Civil Veterinary Dept. North-West Frontier Province 1901-22 - 1901-1922
Year: 1901
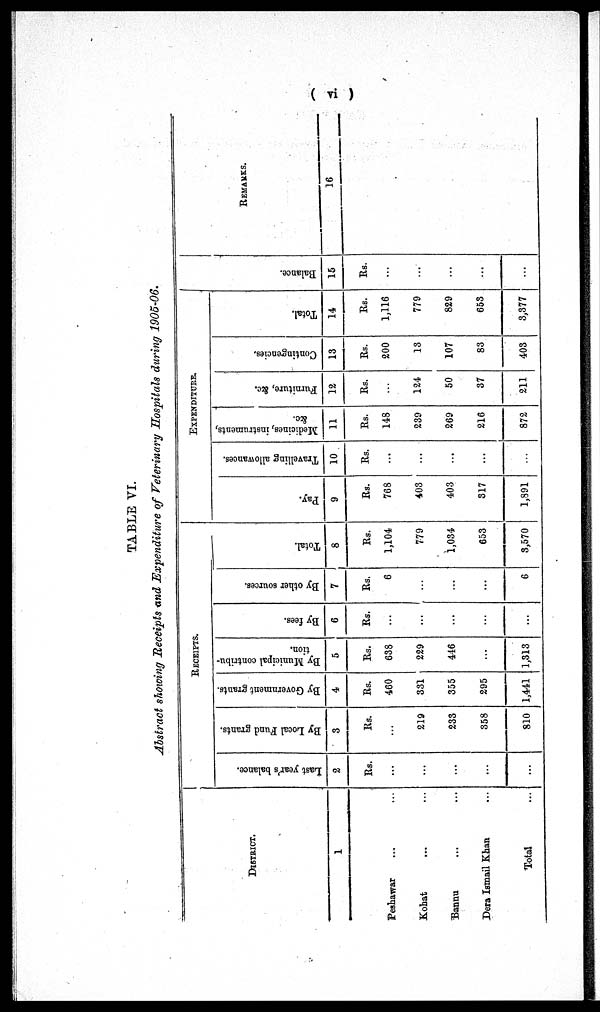
( vi )
TABLE VI.
Abstract showing Receipts and Expenditure of Veterinary Hospitals during 1905-06.
DISTRICT.
1
Peshawar ... ...
Kohat ... ... ...
Bannu ... ... ...
Dera Ismail Khan ...
Total ...
RECEIPTS.
Last year's balance.
2
Rs.
...
...
...
...
...
By Local Fund grants.
3
Rs.
...
219
233
358
810
By Government grants.
4
Rs.
460
331
355
295
1,441
By Municipal contribu-
tion.
5
Rs.
638
229
446
...
1,313
By fees.
6
Rs.
...
...
...
...
...
By other sources.
7
Rs.
6
...
...
...
6
Total.
8
Rs.
1,104
779
1,034
653
3,570
EXPENDITURE.
Pay.
9
Rs.
768
403
403
317
1,891
Travelling allowances.
10
Rs.
...
...
...
...
...
Medicines, instruments,
&c.
11
Rs.
148
239
269
216
872
Furniture, &c.
12
Rs.
...
124
50
37
211
Contingencies.
13
Rs.
200
13
107
83
403
Total.
14
Rs.
1,116
779
829
653
3,377
Bal ance.
15
Rs.
...
...
...
...
...
REMARKS.
16